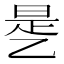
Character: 𰁉